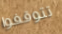
تتوقفوا